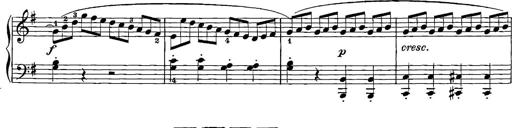
Title: 12 Sonatinas
Composer: Ignaz Pleyel